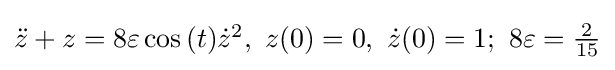
{\textstyle {\ddot {z}}+z=8\varepsilon \cos {(t)}{\dot {z}}^{2},~z(0)=0,~{\dot {z}}(0)=1;~8\varepsilon ={\frac {2}{15}}}